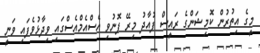
މީގެ އިތުރުން ކޮމިޝަންގެ ރައީސް ފުއާދު މިރޭ ފޮނުވި އެސްއެމްއެސްގައި ވިދާޅުވެފައި ވަނީ